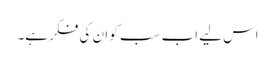
اس لیے اب سب کو ان کی فکر ہے۔